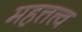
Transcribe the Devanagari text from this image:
महत्तत्त्व